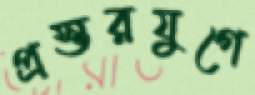
প্রস্তরযুগে